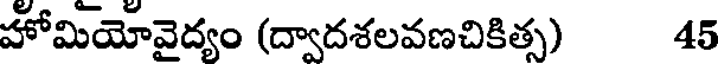
హోమియోవైద్యం (ద్వాదశలవణచికిత్స) 45